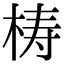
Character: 梼